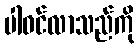
ပါဝင်လာသည်ကို